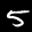
Label: 5